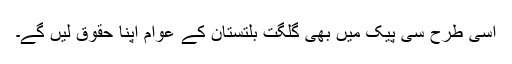
اسی طرح سی پیک میں بھی گلگت بلتستان کے عوام اپنا حقوق لیں گے۔